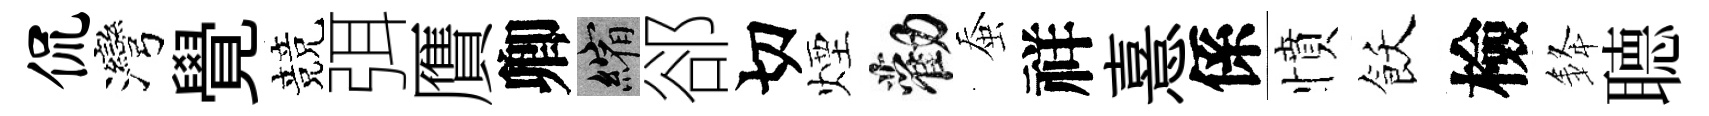
侃灣覺競弭贋卿縮郤切煙勸蚕祥憙係憤飫檢𨦟𦗟